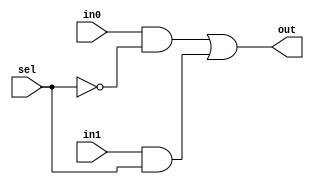
`timescale 1ns/100ps


module Mux2to1_1b(in0, in1, sel, out);

input in0, in1;
input sel;
output out;

not inv1(selp, sel);
and(w2, in0, selp);
and(w3, in1, sel);

or or3( out, w2, w3);


endmodule

module Mux2to1_8b(in0, in1, sel, out);

input [7:0] in0, in1;
input sel;
output [7:0] out;

Mux2to1_1b mux_b0 (in0[0], in1[0], sel, out[0]);
Mux2to1_1b mux_b1 (in0[1], in1[1], sel, out[1]);
Mux2to1_1b mux_b2 (in0[2], in1[2], sel, out[2]);
Mux2to1_1b mux_b3 (in0[3], in1[3], sel, out[3]);
Mux2to1_1b mux_b4 (in0[4], in1[4], sel, out[4]);
Mux2to1_1b mux_b5 (in0[5], in1[5], sel, out[5]);
Mux2to1_1b mux_b6 (in0[6], in1[6], sel, out[6]);
Mux2to1_1b mux_b7 (in0[7], in1[7], sel, out[7]);

endmodule